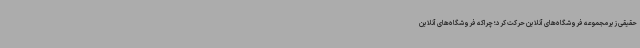
حقیقی زیرمجموعه فروشگاه‌های آنلاین حرکت کرد؛ چراکه فروشگاه‌های آنلاین